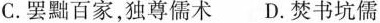
C.罢黜百家，独尊儒术 D.焚书坑儒